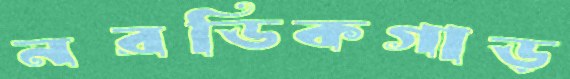
নরডিকগাড়